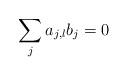
LaTeX: \begin{align*}\sum_ja_{j,l}b_j=0\end{align*}